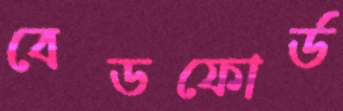
বেডফোর্ড